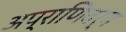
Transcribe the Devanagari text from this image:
अप्राणिवर्ग